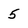
Character: 5